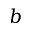
b